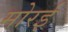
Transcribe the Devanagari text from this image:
मोरई